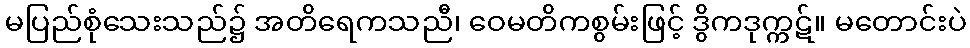
မပြည်စုံသေးသည်၌ အတိရေကသညီ၊ ဝေမတိကစွမ်းဖြင့် ဒွိကဒုက္ကဋ်။ မတောင်းပဲ